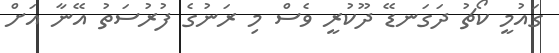
ގައުމީ ކޯޗު ދަގަނޑޭ ދޫކުރީ ވެސް މި ރަނުގެ ފުރުސަތު އޭނާ އަށް